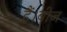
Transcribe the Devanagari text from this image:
हैं।बीज